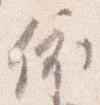
依